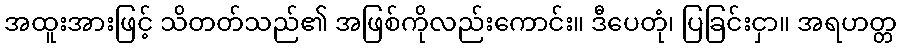
အထူးအားဖြင့် သိတတ်သည်၏ အဖြစ်ကိုလည်းကောင်း။ ဒီပေတုံ၊ ပြခြင်းငှာ။ အရဟတ္တ